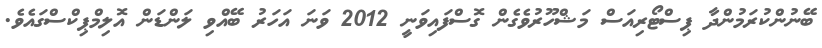
ބޭނުންކުރަމުންދާ ޕިސްޓޯރިއަސް މަޝްހޫރުވެގެން ގޮސްފައިވަނީ 2012 ވަނަ އަހަރު ބޭއްވި ލަންޑަން އޮލިމްޕިކްސްގައެވެ.